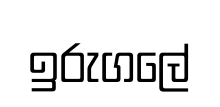
ඉරුගලේ